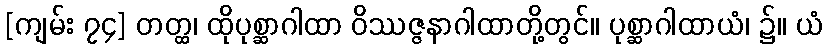
[ကျမ်း ၇၄] တတ္ထ၊ ထိုပုစ္ဆာဂါထာ ဝိဿဇ္ဇနာဂါထာတို့တွင်။ ပုစ္ဆာဂါထာယံ၊ ၌။ ယံ